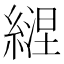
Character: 𦄇